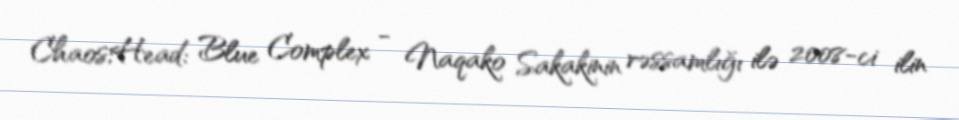
Chaos;Head: Blue Complex - Naqako Sakakinin rəssamlığı ilə 2008-ci ilin